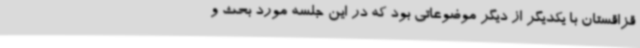
قزاقستان با یکدیگر از دیگر موضوعاتی بود که در این جلسه مورد بحث و